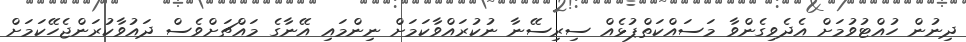
ދިނުން ހުއްޓުވުމަށް އެދެވިގެންވާ މަސައްކަތްޕުޅެއް ސިރިސޭނާ ނުކުރައްވާކަމަށް ނިންމައި އޭނާގެ މައްޗަށްވެސް ދައުވާކުރަންޖެހޭކަމަށް